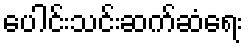
ပေါင်းသင်းဆက်ဆံရေး